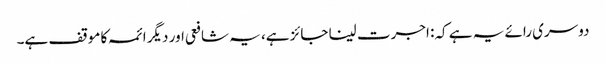
دوسری رائے یہ ہے کہ: اجرت لینا جائز ہے، یہ شافعی اور دیگر ائمہ کا موقف ہے۔